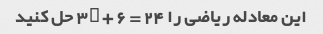
این معادله ریاضی را 3x + 6 = 24 حل کنید